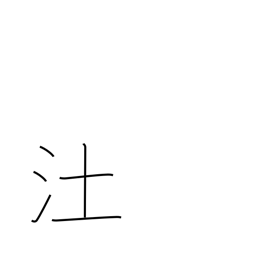
Meaning: marsh